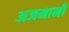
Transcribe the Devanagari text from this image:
अजमानी